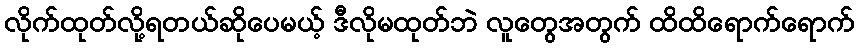
လိုက်ထုတ်လို့ရတယ်ဆိုပေမယ့် ဒီလိုမထုတ်ဘဲ လူတွေအတွက် ထိထိရောက်ရောက်